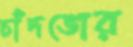
চাঁদভোর